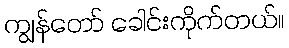
ကျွန်တော် ခေါင်းကိုက်တယ်။